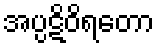
အပ္ပဋိဝိရတော